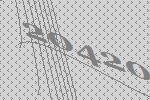
20420